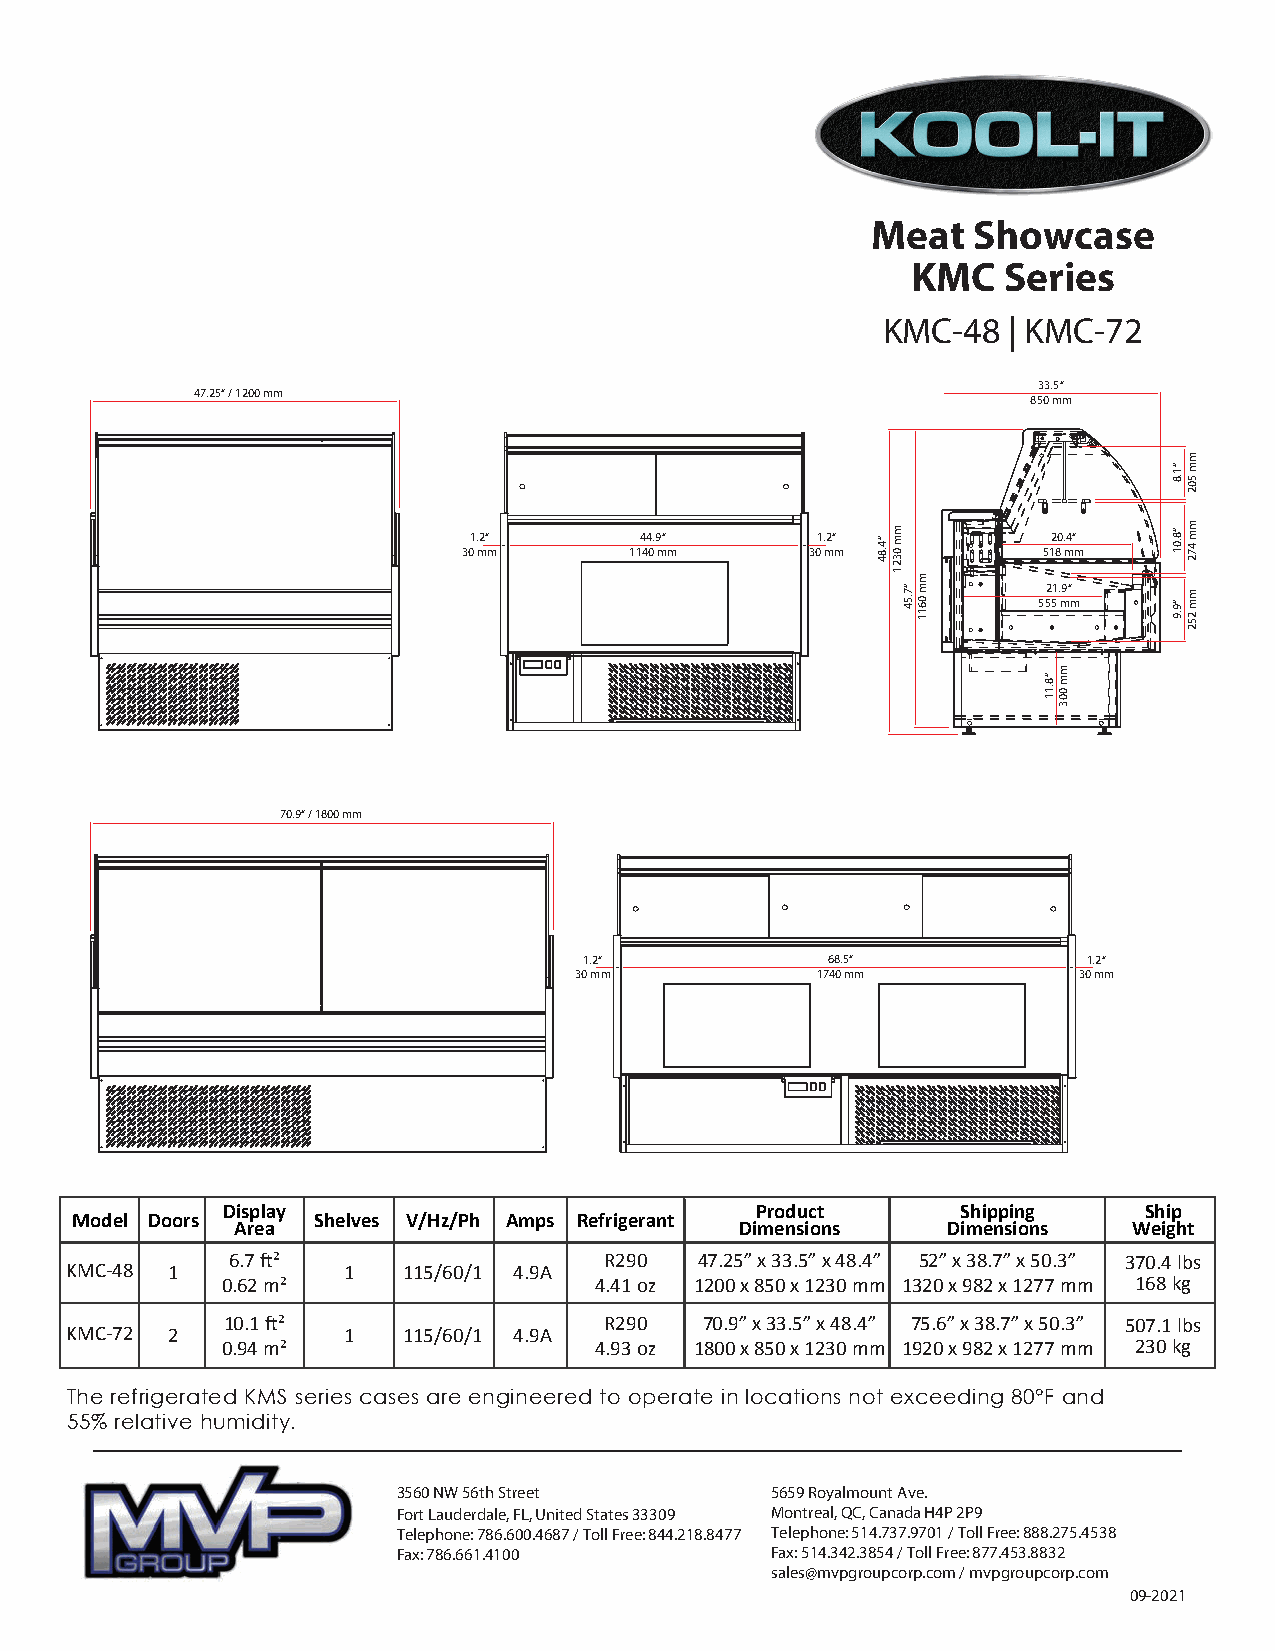
Meat  Showcase
 KMC   Series
 KMC-48   | KMC-72
 33.5“
 47.25“ / 1200 mm
 850 mm
 1.2“       44.9“       1.2“            20.4“ 30 mm 1140 mm 30 mm 518 mm
 21.9“
 555 mm
 70.9“ / 1800 mm
 1.2“            68.5“            1.2“
 30 mm           1740 mm          30 mm
 Display                            Product       Shipping    Ship
 Model Doors     Shelves V/Hz/Ph Amps Refrigerant
 Area                              Dimensions    Dimensions  Weight
 6.7 ft²                  R290  47.25” x 33.5” x 48.4” 52” x 38.7” x 50.3” 370.4 lbs
 KMC-48 1           1   115/60/1 4.9A
 0.62 m²                 4.41 oz 1200 x 850 x 1230 mm 1320 x 982 x 1277 mm 168 kg
 10.1 ft²                 R290   70.9” x 33.5” x 48.4” 75.6” x 38.7” x 50.3” 507.1 lbs
 KMC-72 2           1   115/60/1 4.9A
 0.94 m²                 4.93 oz 1800 x 850 x 1230 mm 1920 x 982 x 1277 mm 230 kg
 The refrigerated KMS series cases are engineered to operate in locations not exceeding 80°F and
 55% relative humidity.
 3560 NW 56th Street      5659 Royalmount Ave.
 Fort Lauderdale, FL, United States 33309 Montreal, QC, Canada H4P 2P9
 Telephone: 786.600.4687 / Toll Free: 844.218.8477 Telephone: 514.737.9701 / Toll Free: 888.275.4538
 Fax: 786.661.4100        Fax: 514.342.3854 / Toll Free: 877.453.8832
 sales@mvpgroupcorp.com / mvpgroupcorp.com
 09-2021
 “4.84 mm 0321
 “7.54
 mm
 0611
 “8.11
 mm
 003
 “1.8
 “8.01
 “9.9
 mm
 502
 mm 472
 mm
 252